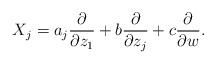
\begin{align*}X_j =a_j\frac{\partial}{\partial z_1}+b\frac{\partial}{\partial z_j}+c\frac{\partial}{\partial w} .\end{align*}